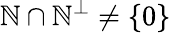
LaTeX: \mathbb{N}\cap\mathbb{N}^{\bot}\neq\{ 0\}